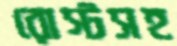
রোস্টসহ